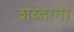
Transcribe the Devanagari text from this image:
शब्दानां